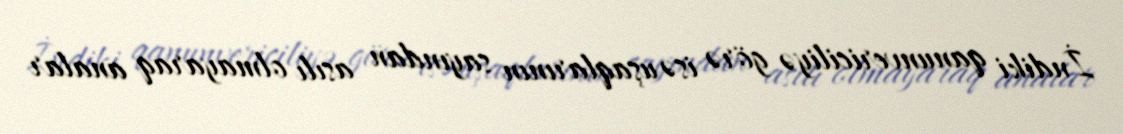
İndiki qanunvericiliyə görə isə uşaqlarının sayından asılı olmayaraq analar